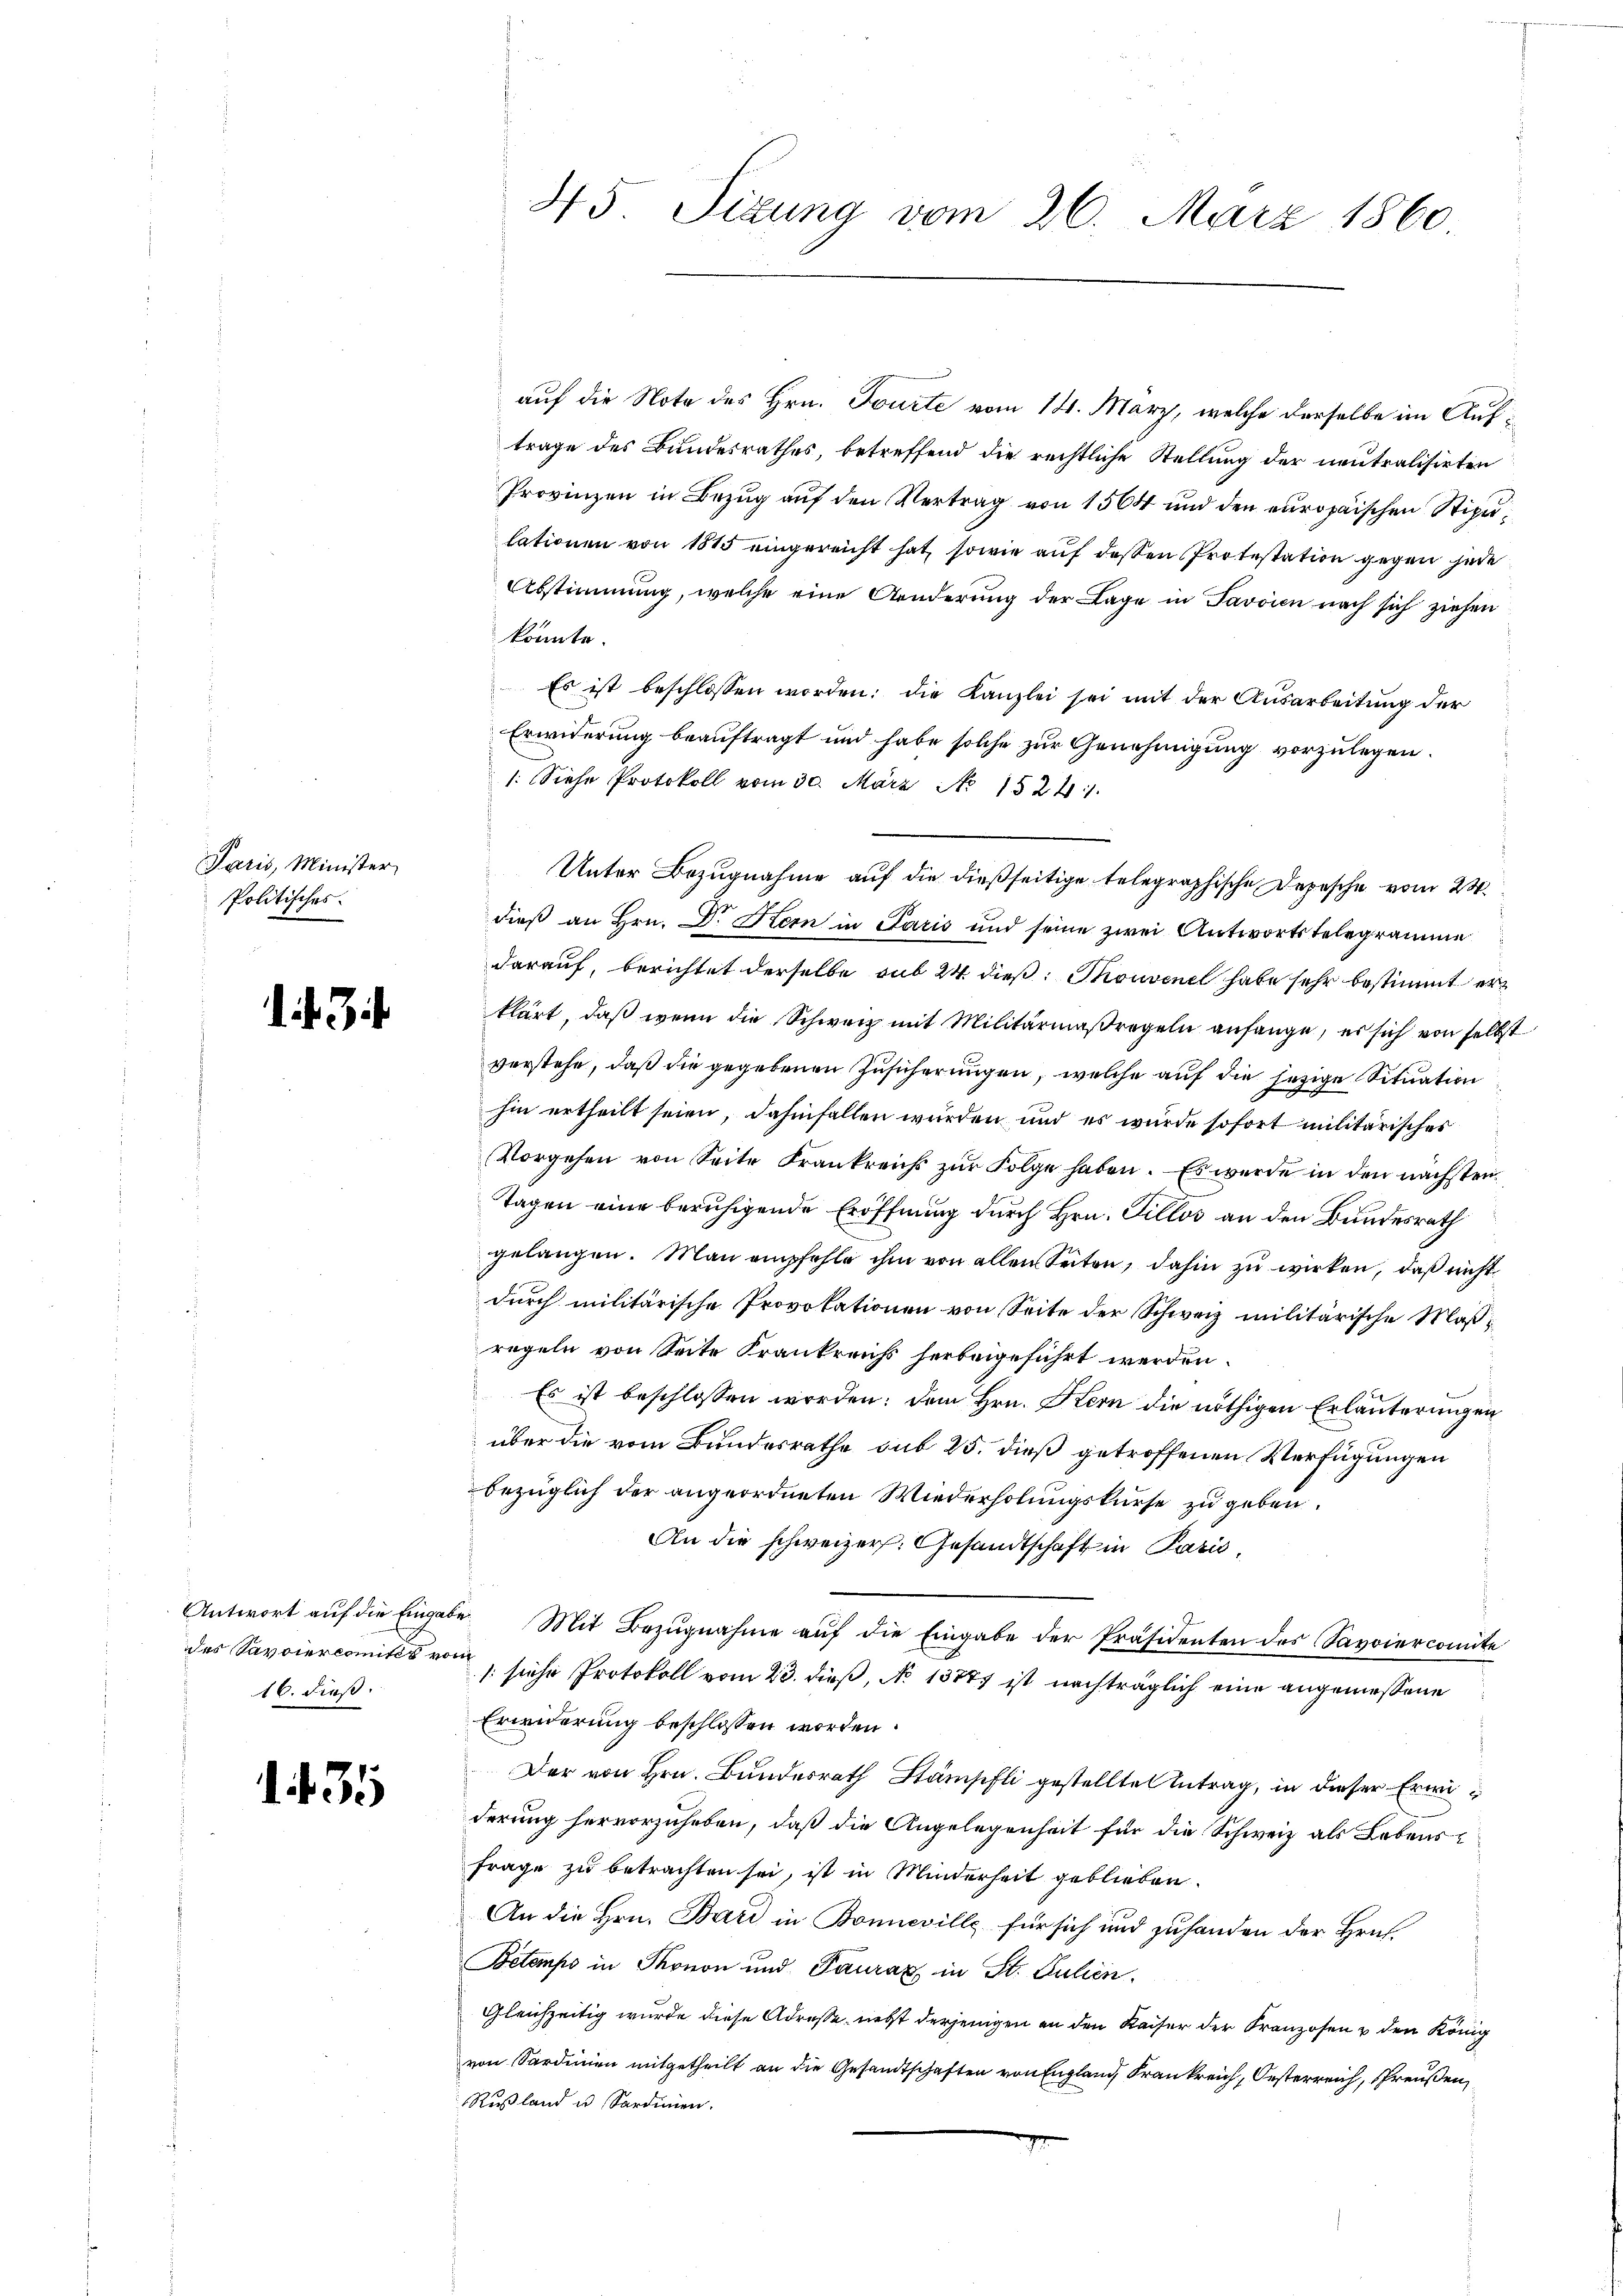
Paris, Minister,
Politisches

13

16. dieß.

143

45. Sizung vom 26. März 1860.

auf die Note des Hrn. Touite vom 14. März, welche derselbe im Auftrage des Bundesrathes, betreffend die rechtliche Stellung der neutralisirten
Provinzen in Bezug auf den Vertrag von 1564 und den europäischen Stipulationen von 1815 eingereicht hat, sowie auf dessen Protestation gegen jede
Abstimmung, welche eine Änderung der Lage in Javaien nach sich ziehen
könnte.
Es ist beschlossen worden: die Kanzlei sei mit der Ausarbeitung der
Erwiderung beauftragt und habe solche zur Genehmigung vorzulegen.
/: Siehe Protokoll vom 30. März No 1524/
Unter Bezugnahme auf die dießseitige telegraphische Depesche vom 24.
dieß an Hrn. Dr. Hern in Paris und seine zwei Antwortstelegramme
darauf, berichtet derselbe sub 24 dieß: Thouvenel habe sehr bestimmt erklärt, daß wenn die Schweiz mit Militärmaßregeln anfange, es sich von selbst
verstehe, daß die gegebenen Zusicherungen, welche auf die jezige Situation
hin ertheilt seien, dahinfallen würden und es wurde sofort militärisches
Vorgehen von Seite Frankreichs zur Folge haben. Es wurde in den nächsten
Tagen eine beruhigende Eröffnung durch Hrn. Fillos an den Bundesrath
gelangen. Man empfehle ihm von allen Seiten, dahin zu wirken, daß nicht
durch militärische Provokationen von Seite der Schweiz militärische Maßregeln von Seite Krankreichs herbeigeführt werden.
Es ist beschlossen worden: dem Hrn. Kern die nöthigen Erläuterungen
über die vom Bundesrathe sub 25. dieß getroffenen Verfügungen
bezüglich der angeordneten Wiederholungskurse zu geben.
An die schweizer. Gesandtschaft in Paris,
Antwort auf die Eingabe Mit Bezugnahme auf die Eingabe der Präsidenten des Savoiercomite
des Savoiercomites von siche Protokoll vom 23. dieß, No 13877 ist nachträglich eine angemessene
Erwiderung beschlossen worden.
Der von Hrn. Bundesrath Stämpfli gestellten Antrag, in dieser Erwiderung hervorzuheben, daß die Angelegenheit für die Schweiz als Lebens¬
Frage zu betrachten sei, ist in Minderheit geblieben.
An die Hrn. Bard in Bonneville für sich und zuhanden der Hrus.
Betempo in Thonon und Tauraz in St. Julien.
Gleichzeitig wurde diese Adresse, nebst derjenigen an den Kaiser der Franzosen & den König
von Sardinien mitgetheilt an die Gesandtschaften von England, Frankreich, Oesterreich, Preußen,
Rußland u. Sardinien.